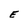
Character: E